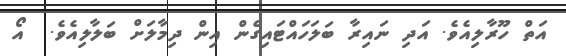
އަތް ހޫރާލިއެވެ. އަދި ނައިރާ ބަލަހައްޓައިގެން އިން ދިމާލަށް ބަލާލިއެވެ.  އޯ